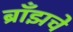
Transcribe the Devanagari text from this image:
ब्राँझचे